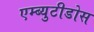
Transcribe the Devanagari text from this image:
एम्ब्युटीडोस